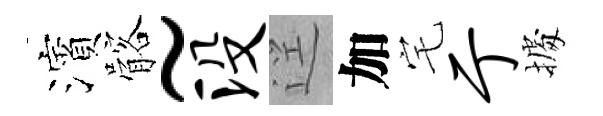
濱髂~没逕加宅亍𢴃